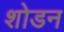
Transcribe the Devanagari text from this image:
शोडन